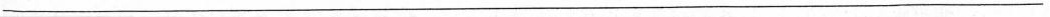
___